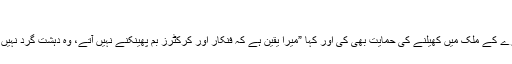
“
اس کے علاوہ انہوں نے دونوں ممالک کے فنکاروں اور کرکٹرز کا ایک دوسرے کے ملک میں کھیلنے کی حمایت بھی کی اور کہا ”میرا یقین ہے کہ فنکار اور کرکٹرز بم پھینکنے نہیں آتے، وہ دہشت گرد نہیں ہیں بلکہ وہ تو دونوں ملکوں کے درمیان فاصلے کم کرنے میں مدد کرتے ہیں۔